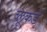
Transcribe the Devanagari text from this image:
ब्लूकडे